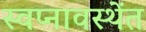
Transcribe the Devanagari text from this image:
स्वप्नावस्थेंत